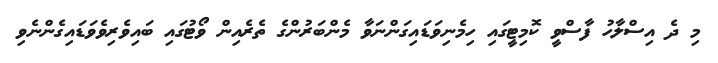
މި ދެ އިސްލާހު ފާސްވީ ކޮމިޓީގައި ހިމެނިވަޑައިގަންނަވާ މެންބަރުންގެ ތެރެއިން ވޯޓުގައި ބައިވެރިވެވަޑައިގެންނެވި